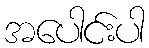
အပေါင်းပါ